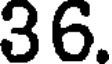
36.